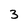
Character: 3